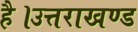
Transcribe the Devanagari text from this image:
है।उत्तराखण्ड